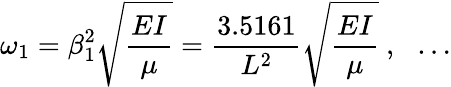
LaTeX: \omega_{1}=\beta_{1}^{2}{\sqrt{\frac{EI}{\mu}}}={\frac{3.5161}{L^{2}}}{\sqrt{\frac{EI}{\mu}}}~,~~\dots